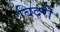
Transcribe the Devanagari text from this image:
बिदरी